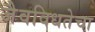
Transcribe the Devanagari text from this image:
जैवविधतेचा